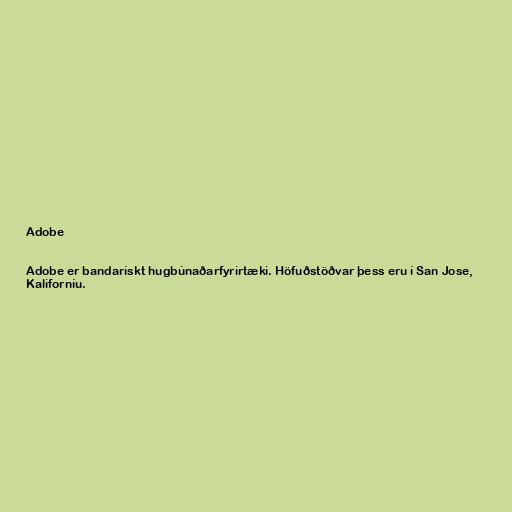
Adobe

Adobe er bandarískt hugbúnaðarfyrirtæki. Höfuðstöðvar þess eru í San Jose,
Kaliforníu.